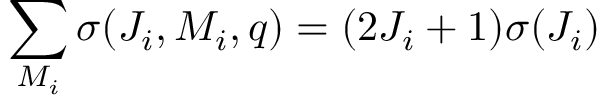
\sum _ { M _ { i } } \sigma ( J _ { i } , M _ { i } , q ) = ( 2 J _ { i } + 1 ) \sigma ( J _ { i } )